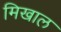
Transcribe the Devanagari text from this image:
मिखाल